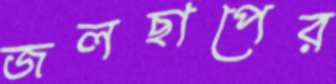
জলছাপের